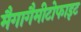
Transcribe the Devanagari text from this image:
मैगागैमीटोफाइट